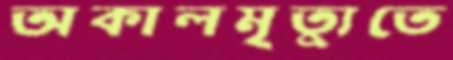
অকালমৃত্যুতে